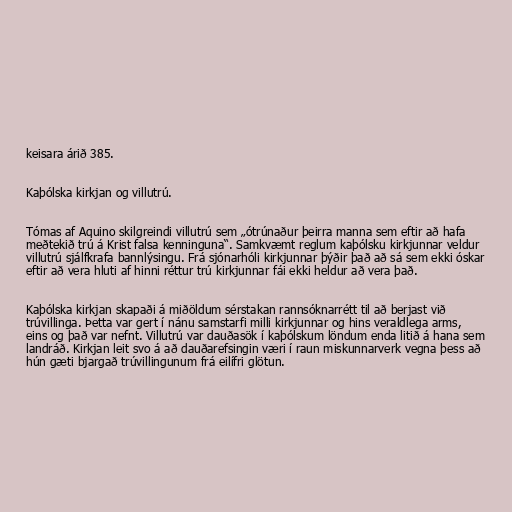
keisara árið 385.

Kaþólska kirkjan og villutrú.

Tómas af Aquino skilgreindi villutrú sem „ótrúnaður þeirra manna sem eftir að hafa
meðtekið trú á Krist falsa kenninguna“. Samkvæmt reglum kaþólsku kirkjunnar veldur
villutrú sjálfkrafa bannlýsingu. Frá sjónarhóli kirkjunnar þýðir það að sá sem ekki óskar
eftir að vera hluti af hinni réttur trú kirkjunnar fái ekki heldur að vera það.

Kaþólska kirkjan skapaði á miðöldum sérstakan rannsóknarrétt til að berjast við
trúvillinga. Þetta var gert í nánu samstarfi milli kirkjunnar og hins veraldlega arms,
eins og það var nefnt. Villutrú var dauðasök í kaþólskum löndum enda litið á hana sem
landráð. Kirkjan leit svo á að dauðarefsingin væri í raun miskunnarverk vegna þess að
hún gæti bjargað trúvillingunum frá eilífri glötun.